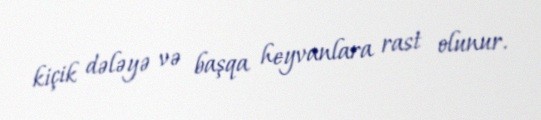
kiçik dələyə və başqa heyvanlara rast olunur.